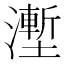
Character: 𰝛